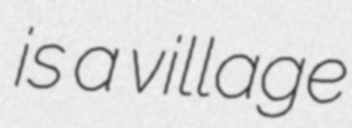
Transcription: is a village